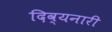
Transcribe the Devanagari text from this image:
दिव्यनारी